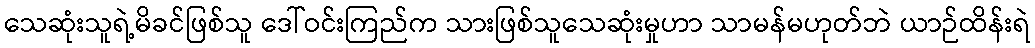
သေဆုံးသူရဲ့မိခင်ဖြစ်သူ ဒေါ်ဝင်းကြည်က သားဖြစ်သူသေဆုံးမှုဟာ သာမန်မဟုတ်ဘဲ ယာဉ်ထိန်းရဲ